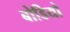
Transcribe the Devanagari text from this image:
बोडियो